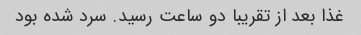
غذا بعد از تقریبا دو ساعت رسید. سرد شده بود